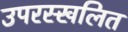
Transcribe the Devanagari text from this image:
उपरस्खलित